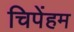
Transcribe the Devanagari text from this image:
चिपेंहम